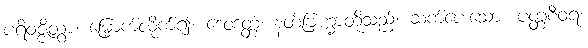
ပရိဝဇ္ဇိတွာ၊ မြှောက်လိုက်၍။ ဒေဝဒတ္တံ၊ နတ်ဗြဟ္မာတို့သည်။ ဆက်ပေးသော။ ပတ္တစီဝရံ၊